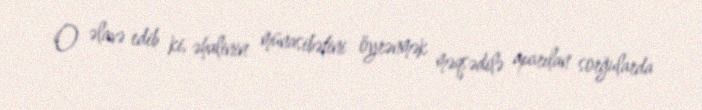
O əlavə edib ki, əhalinin münasibətini öyrənmək məqsədilə aparılan sorğularda